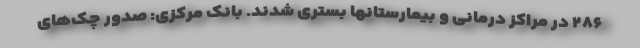
۲۸۶ در مراکز درمانی و بیمارستانها بستری شدند. بانک مرکزی: صدور چک‌های